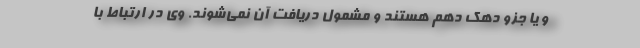
و یا جزو دهک دهم هستند و مشمول دریافت آن نمی‌شوند. وی در ارتباط با